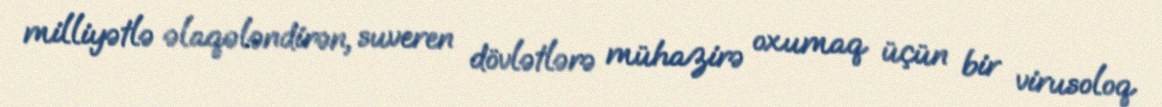
milliyətlə əlaqələndirən, suveren dövlətlərə mühazirə oxumaq üçün bir virusoloq